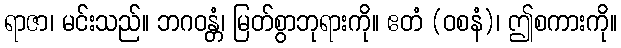
ရာဇာ၊ မင်းသည်။ ဘဂဝန္တံ၊ မြတ်စွာဘုရားကို။ ဧတံ (ဝစနံ)၊ ဤစကားကို။